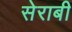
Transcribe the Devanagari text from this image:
सेराबी